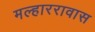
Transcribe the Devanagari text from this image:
मल्हाररावास